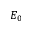
E _ { 0 }